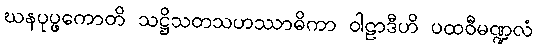
ဃနပုပ္ဖကောတိ သဋ္ဌိသတသဟဿာဓိကာ ဝါဠာဒီဟိ ပထဝီမဏ္ဍလံ